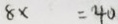
8 x = 4 0